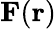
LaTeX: \mathbf{F}(\mathbf{r})